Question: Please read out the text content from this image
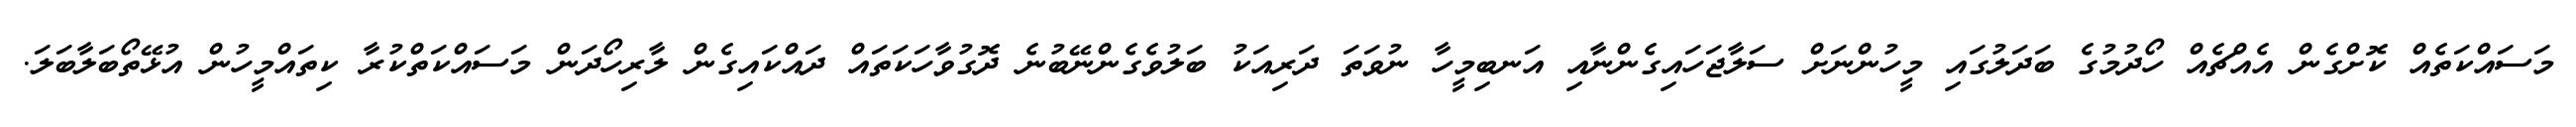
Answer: މަސައްކަތެއް ކޮށްގެން އެއްޗެއް ހޯދުމުގެ ބަދަލުގައި މީހުންނަށް ސަލާޖަހައިގެންނާއި އަނބިމީހާ ނުވަތަ ދަރިއަކު ބަލުވެގެންނޭބުނެ ދޮގުވާހަކަތައް ދައްކައިގެން ލާރިހޯދަން މަސައްކަތްކުރާ ކިތައްމީހުން އުޅޭތޯބަލާބަލަ.